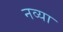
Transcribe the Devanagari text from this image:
नव्‍या